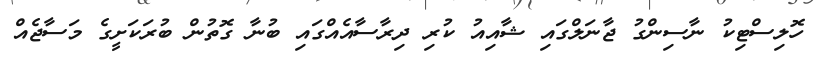
ހޮލިސްޓިކު ނާސިންގު ޖާނަލްގައި ޝާއިއު ކުރި ދިރާސާއެއްގައި ބުނާ ގޮތުން ބުރަކަށީގެ މަސާޖެއް